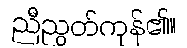
ညီညွတ်ကုန်၏။